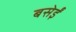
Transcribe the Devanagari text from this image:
बसेईं